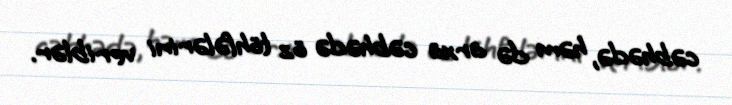
cəbhədə, həm də arxa cəbhədə öz töhfələrini veriblər.